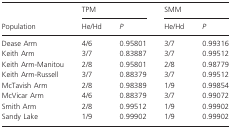
<table><thead><tr><td></td><td colspan="2"><b>TPM</b></td><td colspan="2"><b>SMM</b></td></tr><tr><td><b>Population</b></td><td><b>He/Hd</b></td><td><b><i>P</i></b></td><td><b>He/Hd</b></td><td><b><i>P</i></b></td></tr></thead><tbody><tr><td>Dease Arm</td><td>4/6</td><td>0.95801</td><td>3/7</td><td>0.99316</td></tr><tr><td>Keith Arm</td><td>3/7</td><td>0.83887</td><td>3/7</td><td>0.99512</td></tr><tr><td>Keith Arm-Manitou</td><td>2/8</td><td>0.95801</td><td>2/8</td><td>0.98779</td></tr><tr><td>Keith Arm-Russell</td><td>3/7</td><td>0.88379</td><td>3/7</td><td>0.99512</td></tr><tr><td>McTavish Arm</td><td>2/8</td><td>0.98389</td><td>1/9</td><td>0.99854</td></tr><tr><td>McVicar Arm</td><td>4/6</td><td>0.88379</td><td>3/7</td><td>0.99072</td></tr><tr><td>Smith Arm</td><td>2/8</td><td>0.99512</td><td>1/9</td><td>0.99902</td></tr><tr><td>Sandy Lake</td><td>1/9</td><td>0.99902</td><td>1/9</td><td>0.99902</td></tr></tbody></table>